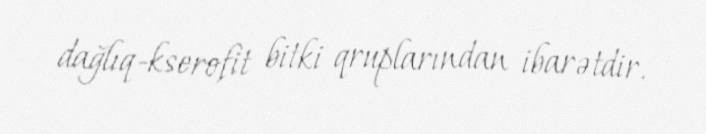
dağlıq-kserofit bitki qruplarından ibarətdir.